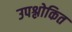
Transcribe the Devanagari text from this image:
उपश्लोकित